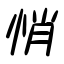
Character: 悄